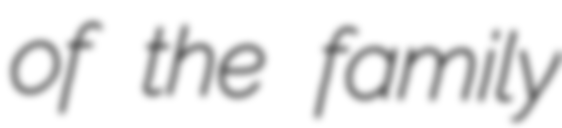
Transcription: of the family